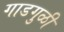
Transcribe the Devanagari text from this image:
गाडगुळी